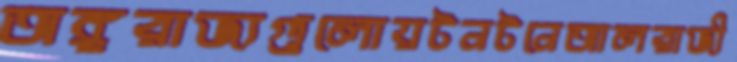
অঙ্গরাজ্যগুলোয়টনটনেআলরাজী